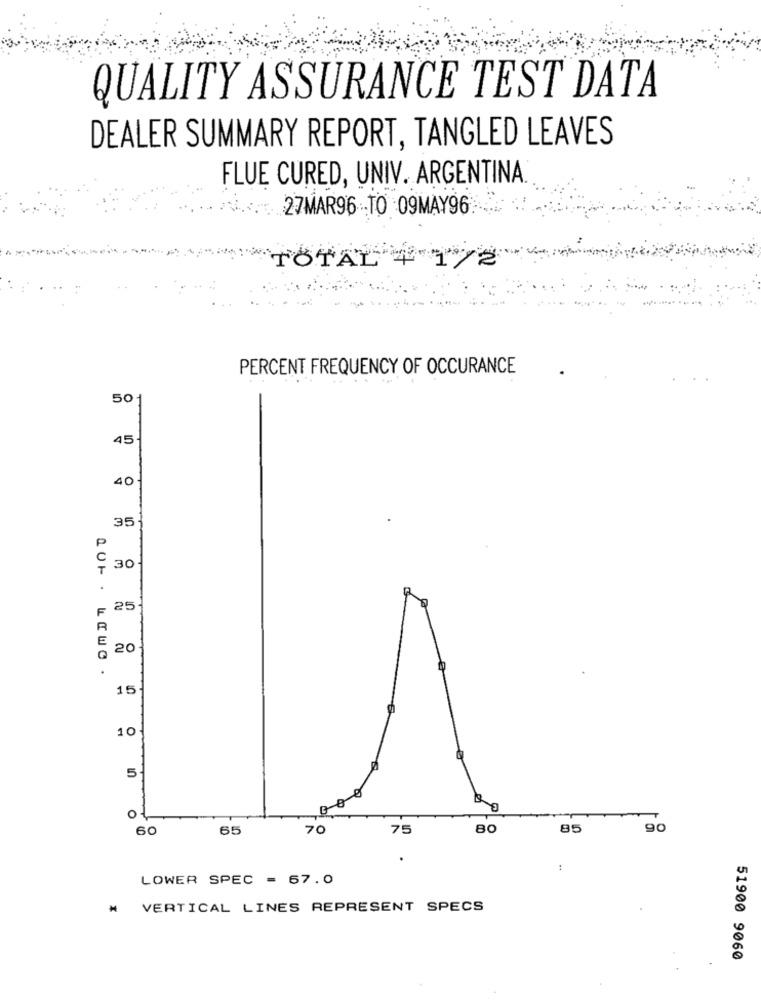
QUALITY ASSURANCE TEST DATA
DEALER SUMMARY REPORT, TANGLED LEAVES
FLUE CURED, UNIV. ARGENTINA.
27MAR96 TO 09MAY96
TOTAL + 1/2
PERCENT FREQUENCY OF OCCURANCE
50
45
40
35
30
25
20
15-
10
5
O
60
65
70
75
85
90
LOWER SPEC = 67.0
₦ VERTICAL LINES REPRESENT SPECS
51900 9060